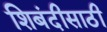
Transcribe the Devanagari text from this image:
शिबंदीसाठी